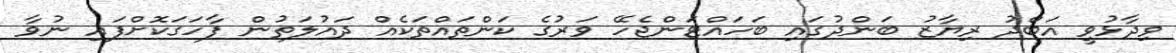
ވިދާޅުވީ އަބްދު ރިޔާޒު ބަންދުގައި ބަހައްޓަންޖެހޭ ވަރުގެ ކަންތައްތަކެއް ދައުލަތުން ފާހަގަކޮށްފައި ނުވާ